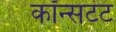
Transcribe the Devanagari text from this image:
कॉन्सटंट